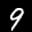
Label: 9